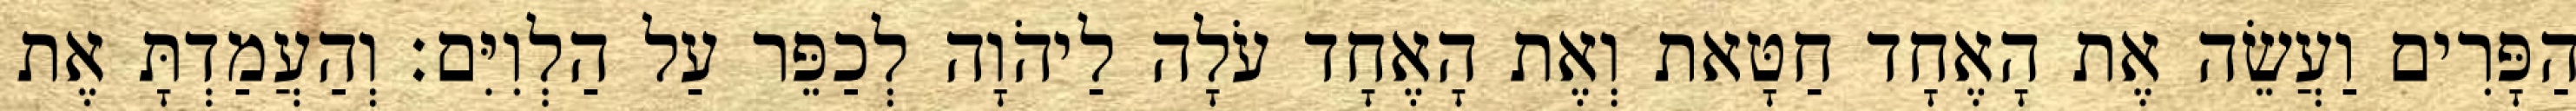
הַפָּרִים וַעֲשֵׂה אֶת הָאֶחָד חַטָּאת וְאֶת הָאֶחָד עֹלָה לַיהֹוָה לְכַפֵּר עַל הַלְוִיִּם׃ וְהַעֲמַדְתָּ אֶת